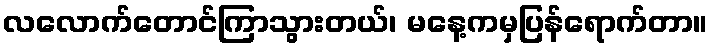
လလောက်တောင်ကြာသွားတယ်၊ မနေ့ကမှပြန်ရောက်တာ။